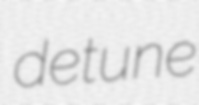
detune